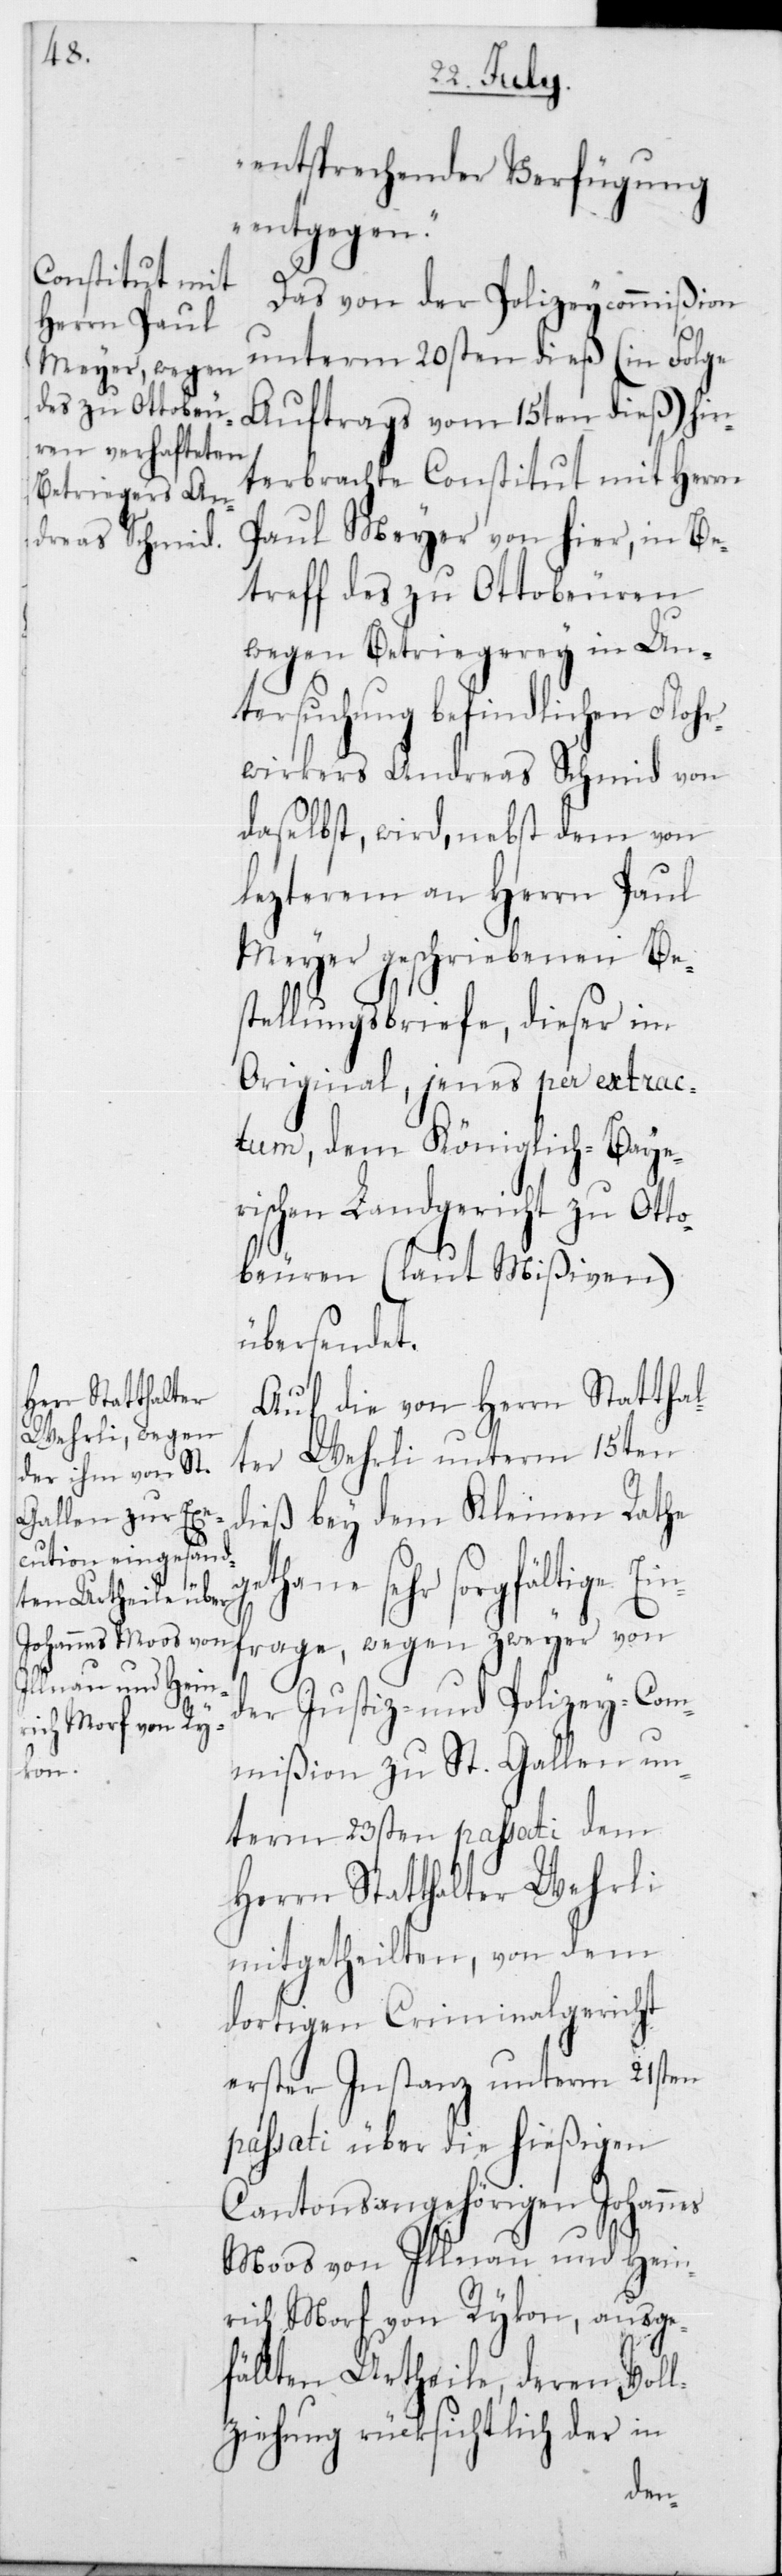
in¬

entsprechender Verfügung
entgegen.“
Das von der Polizeycommißion
unterm 20sten dieß (in Folge
Auftrags vom 15ten dieß) hin¬
terbrachte Constitut mit Herrn
Paul Meyer von hier, in Be¬
treff des zu Ottobeuren
wegen Betriegerey in Un¬
tersuchung befindlichen Floh¬
rwirkers Andreas Schmid von
daselbst, wird, nebst dem von
lezterem an Herrn Paul
Meyer geschriebenen Be¬
stellungsbriefe, dieser im
Original, jenes per extrac¬
tum, dem Königlich-Bayer¬
ischen Landgericht zu Ott¬
obeuren (laut Mißiven)
übersendet.
Auf die von Herrn Statthal¬
ter Wehrli unterm 15ten
dieß bey dem Kleinen Rathe
sehr sorgfältige E¬
frage, wegen zweyer von
der Justiz- und Polizey-Com¬
mißion zu St. Gallen un¬
term 23sten passati dem
Herrn Statthalter Wehrli
mitgetheilten, von dem
dortigen Criminalgericht
erster Instanz unterm 21sten
passati über die hießigen
Cantonsangehörigen Johannes
Moos von Illnau und Hein¬
rich Morf von Rykon, ausge¬
fällten Urtheile, deren Voll¬
ziehung rücksichtlich der in